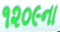
૧૨૦૯ના